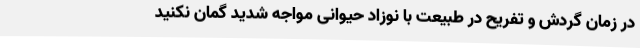
در زمان گردش و تفریح در طبیعت با نوزاد حیوانی مواجه شدید گمان نکنید